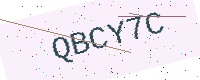
Text: QBCY7C